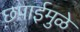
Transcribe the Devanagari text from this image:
छपाईमुळे